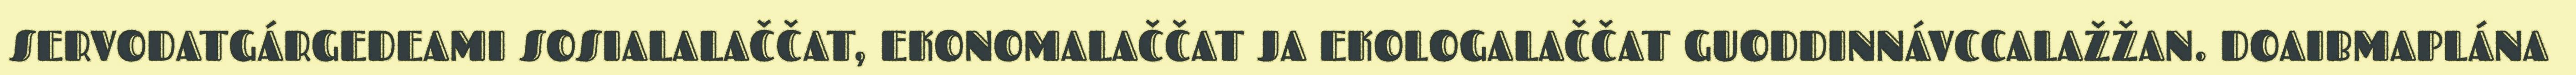
SERVODATGÁRGEDEAMI SOSIALALAČČAT, EKONOMALAČČAT JA EKOLOGALAČČAT GUODDINNÁVCCALAŽŽAN. DOAIBMAPLÁNA